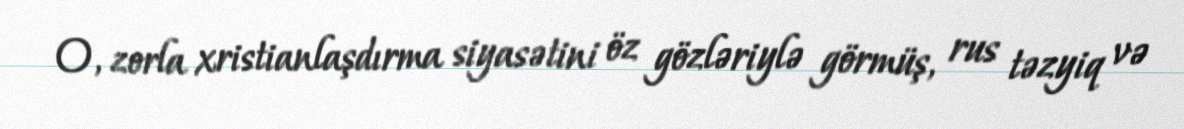
O, zorla xristianlaşdırma siyasətini öz gözləriylə görmüş, rus təzyiq və